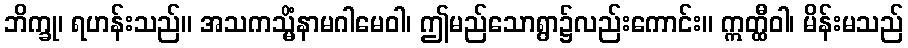
ဘိက္ခု၊ ရဟန်းသည်။ အသကသ္မိံနာမဂါမေဝါ၊ ဤမည်သောရွာ၌လည်းကောင်း။ ဣတ္ထီဝါ၊ မိန်းမသည်